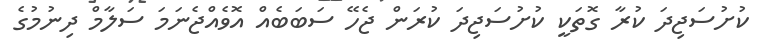
ކުށުސަޖިދަ ކުރާ ގޮތަކީ ކުށުސަޖިދަ ކުރަން ޖެހޭ ސަބަބެއް އޮވެއްޖެނަމަ ސަލާމް ދިނުމުގެ